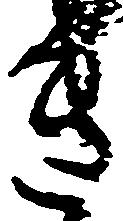
き